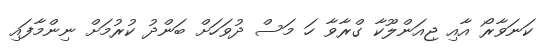
ކަނަވާރޯ އާއި ޖިއަންލޫކާ ގްރާވާ ހަ މަސް ދުވަހަށް ބަންދު ކުރުމަށް ނިންމާފައި